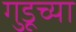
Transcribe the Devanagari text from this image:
गुडूच्या